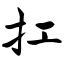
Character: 扛